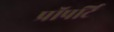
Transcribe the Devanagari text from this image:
प्रॉपर्टि